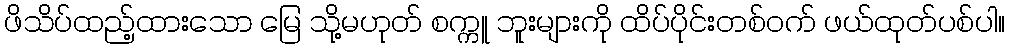
ဖိသိပ်ထည့်ထားသော မြေ သို့မဟုတ် စက္ကူ ဘူးများကို ထိပ်ပိုင်းတစ်ဝက် ဖယ်ထုတ်ပစ်ပါ။